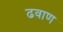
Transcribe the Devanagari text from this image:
ढवाण